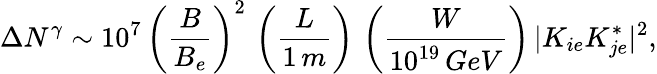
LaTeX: \Delta N^{\gamma}\sim 10^{7}\, \left(\frac{B}{B_{e}}\right)^{2}\, \left(\frac{L}{1\, m}\right)\, \left(\frac{W}{10^{19}\, GeV}\right)\, |K_{ie}K_{je}^{*}|^{2},